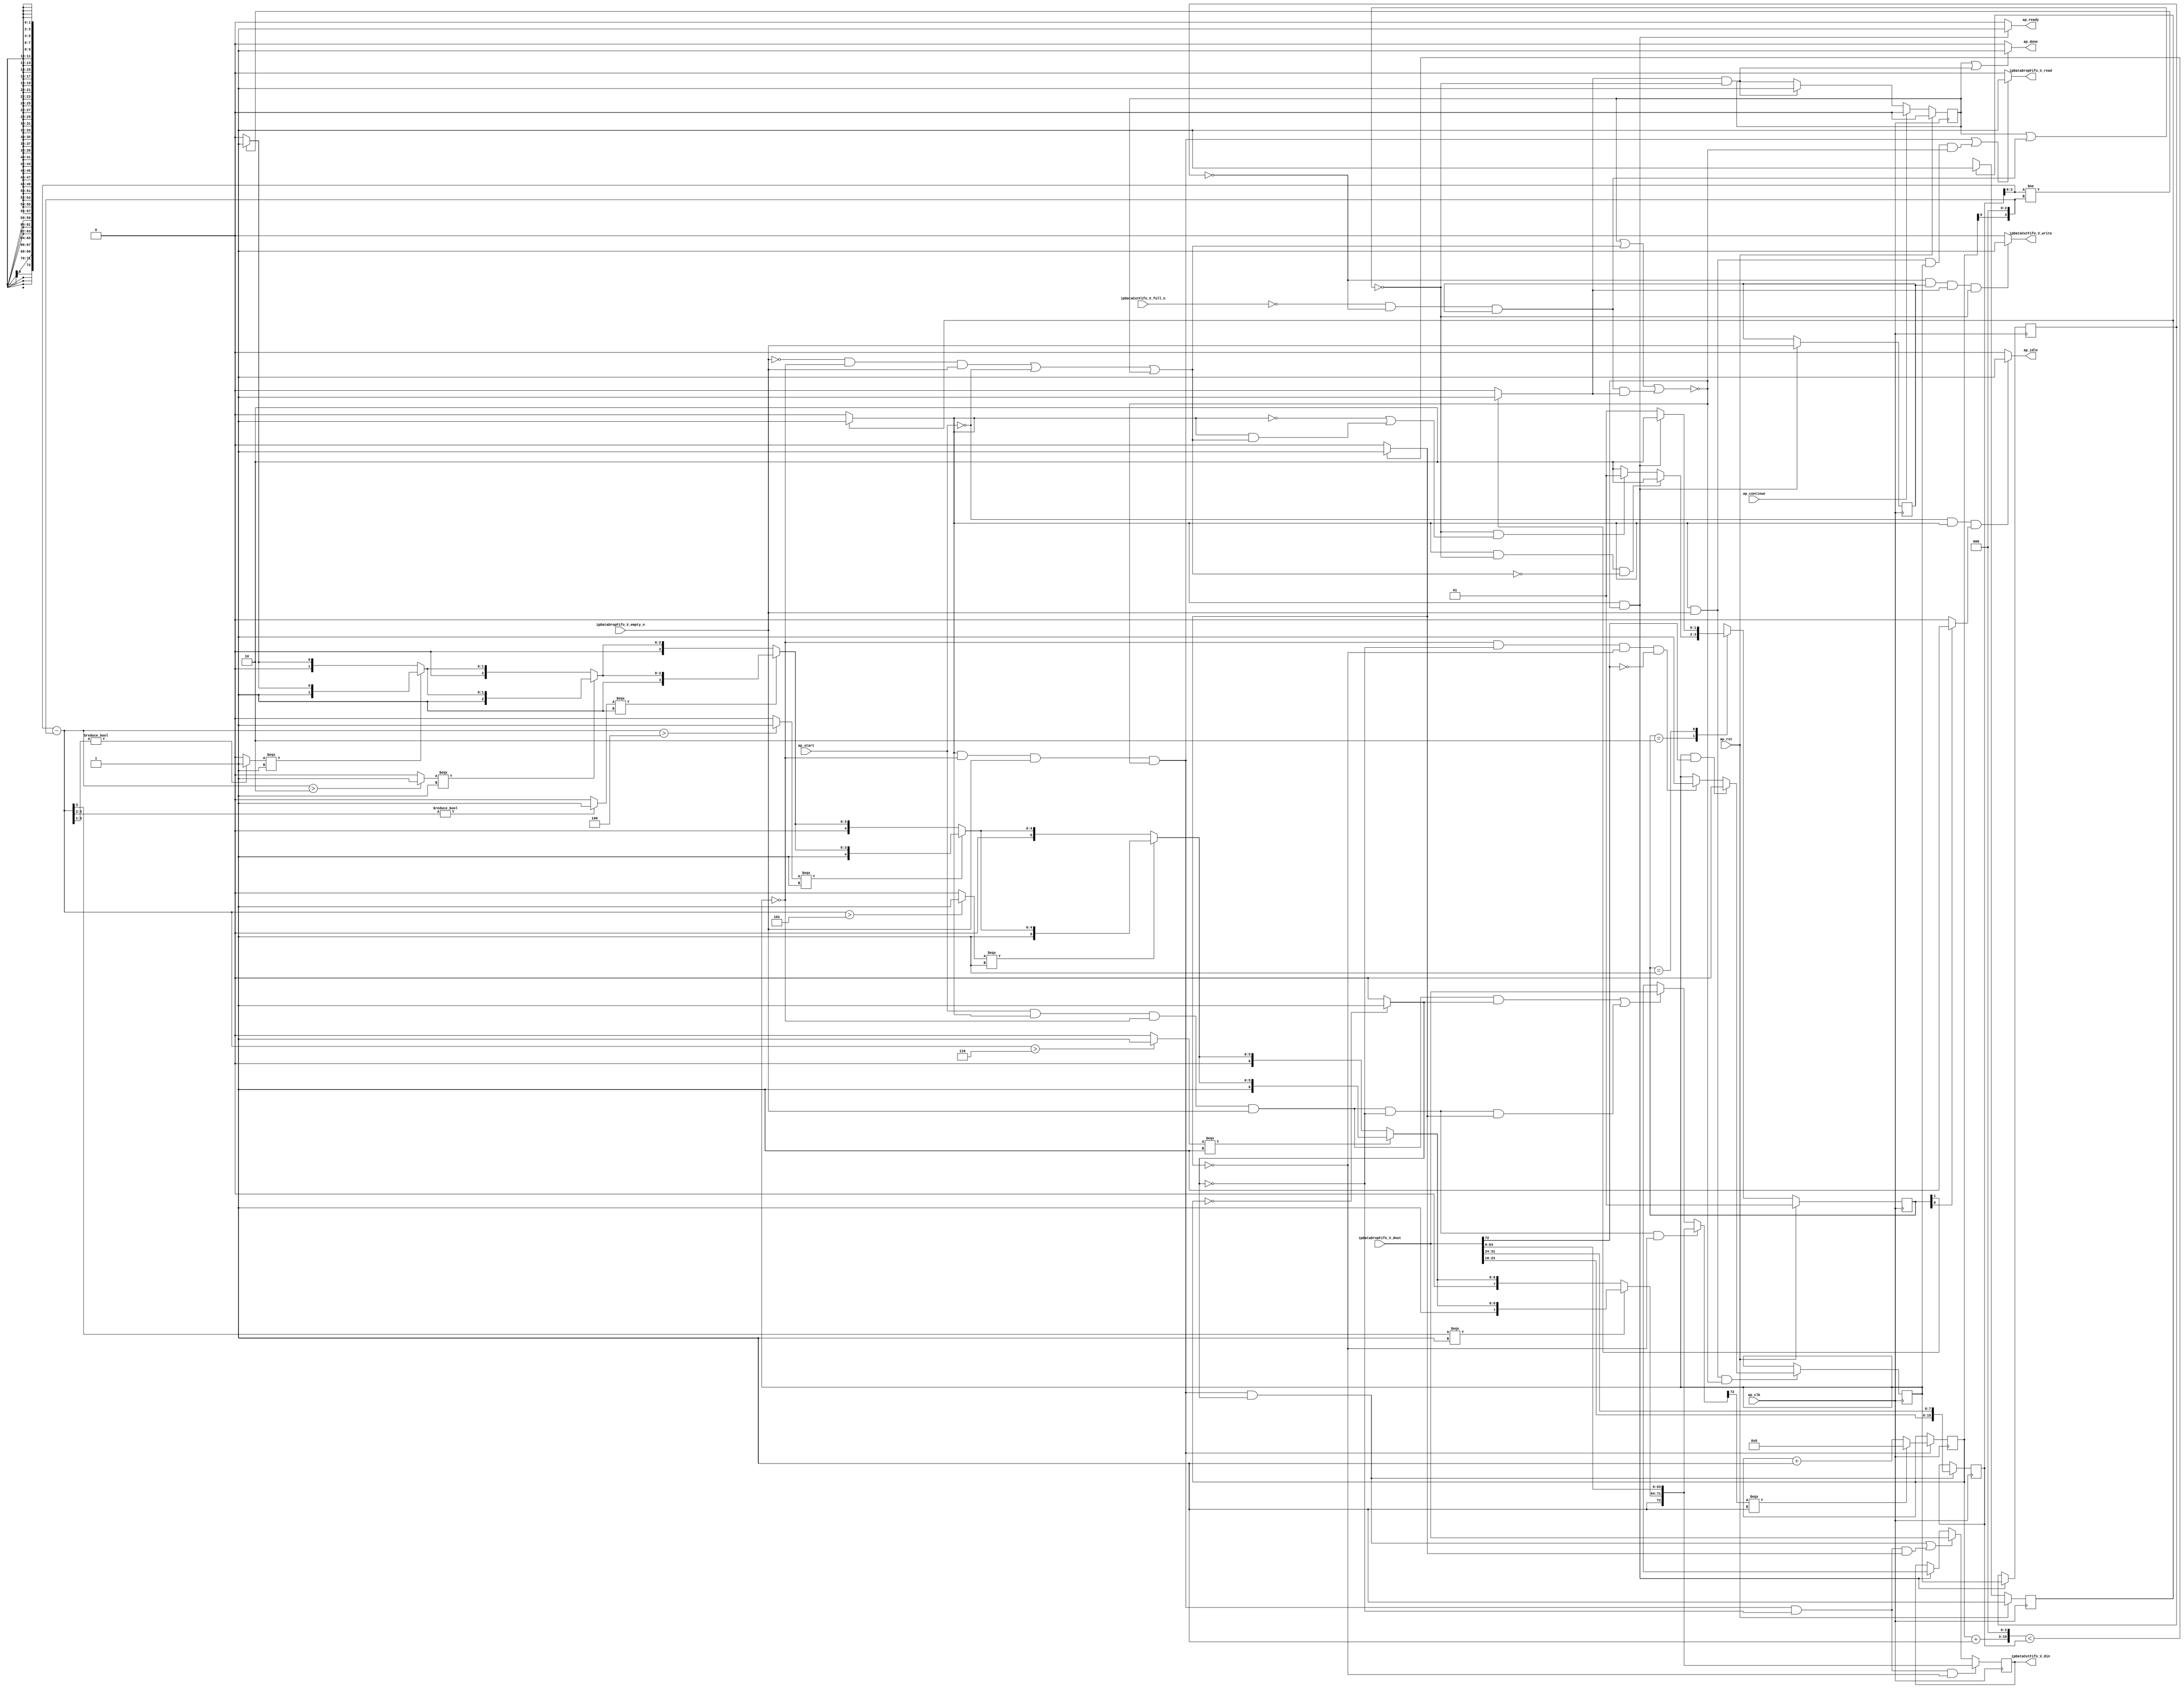
// ==============================================================
// RTL generated by Vivado(TM) HLS - High-Level Synthesis from C, C++ and SystemC
// Version: 2015.1
// Copyright (C) 2015 Xilinx Inc. All rights reserved.
// 
// ===========================================================

`timescale 1 ns / 1 ps 

module ip_handler_cut_length (
        ap_clk,
        ap_rst,
        ap_start,
        ap_done,
        ap_continue,
        ap_idle,
        ap_ready,
        ipDataDropFifo_V_dout,
        ipDataDropFifo_V_empty_n,
        ipDataDropFifo_V_read,
        ipDataCutFifo_V_din,
        ipDataCutFifo_V_full_n,
        ipDataCutFifo_V_write
);

parameter    ap_const_logic_1 = 1'b1;
parameter    ap_const_logic_0 = 1'b0;
parameter    ap_ST_st1_fsm0_0 = 1'b1;
parameter    ap_ST_st2_fsm1_1 = 2'b10;
parameter    ap_ST_st0_fsm1_0 = 2'b1;
parameter    ap_const_lv32_0 = 32'b00000000000000000000000000000000;
parameter    ap_const_lv1_1 = 1'b1;
parameter    ap_const_lv1_0 = 1'b0;
parameter    ap_const_lv32_1 = 32'b1;
parameter    ap_const_lv16_0 = 16'b0000000000000000;
parameter    ap_const_lv32_48 = 32'b1001000;
parameter    ap_const_lv17_1 = 17'b1;
parameter    ap_const_lv3_0 = 3'b000;
parameter    ap_const_lv32_3 = 32'b11;
parameter    ap_const_lv4_2 = 4'b10;
parameter    ap_const_lv32_2 = 32'b10;
parameter    ap_const_lv2_0 = 2'b00;
parameter    ap_const_lv4_4 = 4'b100;
parameter    ap_const_lv32_4 = 32'b100;
parameter    ap_const_lv4_5 = 4'b101;
parameter    ap_const_lv32_5 = 32'b101;
parameter    ap_const_lv4_6 = 4'b110;
parameter    ap_const_lv32_6 = 32'b110;
parameter    ap_const_lv32_7 = 32'b111;
parameter    ap_const_lv32_40 = 32'b1000000;
parameter    ap_const_lv32_18 = 32'b11000;
parameter    ap_const_lv32_1F = 32'b11111;
parameter    ap_const_lv32_10 = 32'b10000;
parameter    ap_const_lv32_17 = 32'b10111;
parameter    ap_const_lv16_1 = 16'b1;
parameter    ap_true = 1'b1;

input   ap_clk;
input   ap_rst;
input   ap_start;
output   ap_done;
input   ap_continue;
output   ap_idle;
output   ap_ready;
input  [72:0] ipDataDropFifo_V_dout;
input   ipDataDropFifo_V_empty_n;
output   ipDataDropFifo_V_read;
output  [72:0] ipDataCutFifo_V_din;
input   ipDataCutFifo_V_full_n;
output   ipDataCutFifo_V_write;

reg ap_done;
reg ap_idle;
reg ap_ready;
reg ipDataDropFifo_V_read;
reg ipDataCutFifo_V_write;
reg    ap_done_reg = 1'b0;
(* fsm_encoding = "none" *) reg   [0:0] ap_CS_fsm0 = 1'b1;
reg    ap_sig_cseq_ST_st1_fsm0_0;
reg    ap_sig_bdd_23;
(* fsm_encoding = "none" *) reg   [1:0] ap_CS_fsm1 = 2'b1;
reg    ap_sig_cseq_ST_st0_fsm1_0;
reg    ap_sig_bdd_34;
wire   [0:0] tmp_nbreadreq_fu_122_p3;
reg    ap_sig_bdd_59;
reg   [0:0] cl_drop_load_reg_536;
reg   [0:0] tmp_reg_540;
reg    ap_sig_bdd_74;
reg    ap_sig_cseq_ST_st2_fsm1_1;
reg    ap_sig_bdd_80;
reg   [0:0] cl_drop = 1'b0;
reg   [15:0] cl_wordCount_V = 16'b0000000000000000;
reg   [15:0] cl_totalLength_V = 16'b0000000000000000;
reg   [72:0] tmp_2_reg_143;
wire   [0:0] cond_fu_175_p2;
wire   [0:0] tmp_s_fu_207_p2;
wire   [0:0] grp_fu_159_p3;
wire   [72:0] ap_reg_phiprechg_tmp_2_reg_143pp0_it0;
reg   [72:0] tmp_2_phi_fu_147_p6;
wire   [72:0] tmp_1_3_fu_455_p5;
wire   [15:0] p_tmp_s_fu_516_p3;
wire   [15:0] tmp_i_fu_488_p3;
wire   [16:0] lhs_V_cast_fu_185_p1;
wire   [16:0] r_V_fu_189_p2;
wire   [19:0] r_V_1_fu_195_p3;
wire   [19:0] tmp_cast_fu_203_p1;
wire   [0:0] tmp_132_fu_219_p1;
wire   [3:0] tmp_133_fu_231_p1;
wire   [3:0] tmp_32_fu_223_p3;
wire   [0:0] not_tmp_2_i_fu_241_p2;
wire   [3:0] leftLength_V_fu_235_p2;
wire   [2:0] tmp_134_fu_251_p4;
wire   [0:0] icmp_fu_261_p2;
wire   [1:0] tmp_9_fu_267_p3;
wire   [1:0] p_cast_i_cast_fu_247_p1;
wire   [1:0] agg_result_V_buf_1_1_i_fu_275_p3;
wire   [0:0] tmp_2_2_i_fu_287_p2;
wire   [2:0] tmp_10_fu_293_p3;
wire   [2:0] agg_result_V_buf_1_1_i_cast_ca_fu_283_p1;
wire   [2:0] agg_result_V_buf_1_2_i_fu_301_p3;
wire   [1:0] tmp_135_fu_313_p4;
wire   [3:0] tmp_136_fu_329_p3;
wire   [0:0] icmp5_fu_323_p2;
wire   [7:0] p_Result_3_i_fu_337_p1;
wire   [7:0] agg_result_V_buf_1_2_i_cast_fu_309_p1;
wire   [7:0] agg_result_V_buf_1_3_i_fu_341_p3;
wire   [0:0] tmp_2_4_i_fu_349_p2;
reg   [7:0] tmp_137_fu_355_p4;
wire   [7:0] agg_result_V_buf_1_4_i_fu_365_p3;
wire   [0:0] tmp_2_5_i_fu_373_p2;
reg   [7:0] tmp_138_fu_379_p4;
wire   [7:0] agg_result_V_buf_1_5_i_fu_389_p3;
wire   [0:0] tmp_2_6_i_fu_397_p2;
reg   [7:0] tmp_139_fu_403_p4;
wire   [7:0] agg_result_V_buf_1_6_i_fu_413_p3;
wire   [0:0] tmp_140_fu_421_p3;
reg   [7:0] tmp_141_fu_429_p4;
wire   [7:0] tmp_keep_V_fu_439_p3;
wire   [8:0] tmp_33_fu_447_p3;
wire   [7:0] p_Result_2_i_fu_478_p4;
wire   [7:0] p_Result_i_fu_468_p4;
wire   [0:0] tmp_last_V_fu_502_p3;
wire   [15:0] tmp_34_fu_510_p2;
reg   [0:0] ap_NS_fsm0;
reg   [1:0] ap_NS_fsm1;
reg    ap_sig_bdd_400;
reg    ap_sig_bdd_402;
reg    ap_sig_bdd_397;




/// the current state (ap_CS_fsm0) of the state machine. ///
always @ (posedge ap_clk)
begin : ap_ret_ap_CS_fsm0
    if (ap_rst == 1'b1) begin
        ap_CS_fsm0 <= ap_ST_st1_fsm0_0;
    end else begin
        ap_CS_fsm0 <= ap_NS_fsm0;
    end
end

/// the current state (ap_CS_fsm1) of the state machine. ///
always @ (posedge ap_clk)
begin : ap_ret_ap_CS_fsm1
    if (ap_rst == 1'b1) begin
        ap_CS_fsm1 <= ap_ST_st0_fsm1_0;
    end else begin
        ap_CS_fsm1 <= ap_NS_fsm1;
    end
end

/// ap_done_reg assign process. ///
always @ (posedge ap_clk)
begin : ap_ret_ap_done_reg
    if (ap_rst == 1'b1) begin
        ap_done_reg <= ap_const_logic_0;
    end else begin
        if ((ap_const_logic_1 == ap_continue)) begin
            ap_done_reg <= ap_const_logic_0;
        end else if (((ap_const_logic_1 == ap_sig_cseq_ST_st2_fsm1_1) & ~((ap_done_reg == ap_const_logic_1) | ap_sig_bdd_74))) begin
            ap_done_reg <= ap_const_logic_1;
        end
    end
end

/// assign process. ///
always @(posedge ap_clk)
begin
    if (ap_sig_bdd_397) begin
        if (ap_sig_bdd_402) begin
            cl_drop <= ap_const_lv1_0;
        end else if (ap_sig_bdd_400) begin
            cl_drop <= ap_const_lv1_1;
        end
    end
end

/// assign process. ///
always @(posedge ap_clk)
begin
    if (((ap_const_logic_1 == ap_sig_cseq_ST_st1_fsm0_0) & (cl_drop == ap_const_lv1_0) & ~(ap_const_lv1_0 == tmp_nbreadreq_fu_122_p3) & ~((ap_done_reg == ap_const_logic_1) | ap_sig_bdd_59 | (ap_sig_bdd_74 & (ap_const_logic_1 == ap_sig_cseq_ST_st2_fsm1_1))) & (ap_const_lv1_0 == cond_fu_175_p2) & (ap_const_lv1_0 == tmp_s_fu_207_p2))) begin
        tmp_2_reg_143 <= tmp_1_3_fu_455_p5;
    end else if ((((ap_const_logic_1 == ap_sig_cseq_ST_st1_fsm0_0) & (cl_drop == ap_const_lv1_0) & ~(ap_const_lv1_0 == tmp_nbreadreq_fu_122_p3) & ~((ap_done_reg == ap_const_logic_1) | ap_sig_bdd_59 | (ap_sig_bdd_74 & (ap_const_logic_1 == ap_sig_cseq_ST_st2_fsm1_1))) & ~(ap_const_lv1_0 == cond_fu_175_p2)) | ((ap_const_logic_1 == ap_sig_cseq_ST_st1_fsm0_0) & (cl_drop == ap_const_lv1_0) & ~(ap_const_lv1_0 == tmp_nbreadreq_fu_122_p3) & ~((ap_done_reg == ap_const_logic_1) | ap_sig_bdd_59 | (ap_sig_bdd_74 & (ap_const_logic_1 == ap_sig_cseq_ST_st2_fsm1_1))) & (ap_const_lv1_0 == cond_fu_175_p2) & ~(ap_const_lv1_0 == tmp_s_fu_207_p2)))) begin
        tmp_2_reg_143 <= ipDataDropFifo_V_dout;
    end else if (((ap_const_logic_1 == ap_sig_cseq_ST_st1_fsm0_0) & ~((ap_done_reg == ap_const_logic_1) | ap_sig_bdd_59 | (ap_sig_bdd_74 & (ap_const_logic_1 == ap_sig_cseq_ST_st2_fsm1_1))))) begin
        tmp_2_reg_143 <= ap_reg_phiprechg_tmp_2_reg_143pp0_it0;
    end
end

/// assign process. ///
always @(posedge ap_clk)
begin
    if (((ap_const_logic_1 == ap_sig_cseq_ST_st1_fsm0_0) & ~((ap_done_reg == ap_const_logic_1) | ap_sig_bdd_59 | (ap_sig_bdd_74 & (ap_const_logic_1 == ap_sig_cseq_ST_st2_fsm1_1))))) begin
        cl_drop_load_reg_536 <= cl_drop;
        tmp_reg_540 <= tmp_nbreadreq_fu_122_p3;
    end
end

/// assign process. ///
always @(posedge ap_clk)
begin
    if (((ap_const_logic_1 == ap_sig_cseq_ST_st1_fsm0_0) & (cl_drop == ap_const_lv1_0) & ~(ap_const_lv1_0 == tmp_nbreadreq_fu_122_p3) & ~((ap_done_reg == ap_const_logic_1) | ap_sig_bdd_59 | (ap_sig_bdd_74 & (ap_const_logic_1 == ap_sig_cseq_ST_st2_fsm1_1))) & ~(ap_const_lv1_0 == cond_fu_175_p2))) begin
        cl_totalLength_V <= tmp_i_fu_488_p3;
    end
end

/// assign process. ///
always @(posedge ap_clk)
begin
    if (((ap_const_logic_1 == ap_sig_cseq_ST_st1_fsm0_0) & (cl_drop == ap_const_lv1_0) & ~(ap_const_lv1_0 == tmp_nbreadreq_fu_122_p3) & ~((ap_done_reg == ap_const_logic_1) | ap_sig_bdd_59 | (ap_sig_bdd_74 & (ap_const_logic_1 == ap_sig_cseq_ST_st2_fsm1_1))))) begin
        cl_wordCount_V <= p_tmp_s_fu_516_p3;
    end
end

/// ap_done assign process. ///
always @ (ap_done_reg or ap_sig_bdd_74 or ap_sig_cseq_ST_st2_fsm1_1)
begin
    if (((ap_const_logic_1 == ap_done_reg) | ((ap_const_logic_1 == ap_sig_cseq_ST_st2_fsm1_1) & ~((ap_done_reg == ap_const_logic_1) | ap_sig_bdd_74)))) begin
        ap_done = ap_const_logic_1;
    end else begin
        ap_done = ap_const_logic_0;
    end
end

/// ap_idle assign process. ///
always @ (ap_start or ap_sig_cseq_ST_st1_fsm0_0 or ap_sig_cseq_ST_st0_fsm1_0)
begin
    if ((~(ap_const_logic_1 == ap_start) & (ap_const_logic_1 == ap_sig_cseq_ST_st1_fsm0_0) & (ap_const_logic_1 == ap_sig_cseq_ST_st0_fsm1_0))) begin
        ap_idle = ap_const_logic_1;
    end else begin
        ap_idle = ap_const_logic_0;
    end
end

/// ap_ready assign process. ///
always @ (ap_done_reg or ap_sig_cseq_ST_st1_fsm0_0 or ap_sig_bdd_59 or ap_sig_bdd_74 or ap_sig_cseq_ST_st2_fsm1_1)
begin
    if (((ap_const_logic_1 == ap_sig_cseq_ST_st1_fsm0_0) & ~((ap_done_reg == ap_const_logic_1) | ap_sig_bdd_59 | (ap_sig_bdd_74 & (ap_const_logic_1 == ap_sig_cseq_ST_st2_fsm1_1))))) begin
        ap_ready = ap_const_logic_1;
    end else begin
        ap_ready = ap_const_logic_0;
    end
end

/// ap_sig_cseq_ST_st0_fsm1_0 assign process. ///
always @ (ap_sig_bdd_34)
begin
    if (ap_sig_bdd_34) begin
        ap_sig_cseq_ST_st0_fsm1_0 = ap_const_logic_1;
    end else begin
        ap_sig_cseq_ST_st0_fsm1_0 = ap_const_logic_0;
    end
end

/// ap_sig_cseq_ST_st1_fsm0_0 assign process. ///
always @ (ap_sig_bdd_23)
begin
    if (ap_sig_bdd_23) begin
        ap_sig_cseq_ST_st1_fsm0_0 = ap_const_logic_1;
    end else begin
        ap_sig_cseq_ST_st1_fsm0_0 = ap_const_logic_0;
    end
end

/// ap_sig_cseq_ST_st2_fsm1_1 assign process. ///
always @ (ap_sig_bdd_80)
begin
    if (ap_sig_bdd_80) begin
        ap_sig_cseq_ST_st2_fsm1_1 = ap_const_logic_1;
    end else begin
        ap_sig_cseq_ST_st2_fsm1_1 = ap_const_logic_0;
    end
end

/// ipDataCutFifo_V_write assign process. ///
always @ (ap_done_reg or cl_drop_load_reg_536 or tmp_reg_540 or ap_sig_bdd_74 or ap_sig_cseq_ST_st2_fsm1_1)
begin
    if (((ap_const_lv1_0 == cl_drop_load_reg_536) & ~(ap_const_lv1_0 == tmp_reg_540) & (ap_const_logic_1 == ap_sig_cseq_ST_st2_fsm1_1) & ~((ap_done_reg == ap_const_logic_1) | ap_sig_bdd_74))) begin
        ipDataCutFifo_V_write = ap_const_logic_1;
    end else begin
        ipDataCutFifo_V_write = ap_const_logic_0;
    end
end

/// ipDataDropFifo_V_read assign process. ///
always @ (ap_done_reg or ap_sig_cseq_ST_st1_fsm0_0 or tmp_nbreadreq_fu_122_p3 or ap_sig_bdd_59 or ap_sig_bdd_74 or ap_sig_cseq_ST_st2_fsm1_1 or cl_drop)
begin
    if ((((ap_const_logic_1 == ap_sig_cseq_ST_st1_fsm0_0) & (cl_drop == ap_const_lv1_0) & ~(ap_const_lv1_0 == tmp_nbreadreq_fu_122_p3) & ~((ap_done_reg == ap_const_logic_1) | ap_sig_bdd_59 | (ap_sig_bdd_74 & (ap_const_logic_1 == ap_sig_cseq_ST_st2_fsm1_1)))) | ((ap_const_logic_1 == ap_sig_cseq_ST_st1_fsm0_0) & ~(ap_const_lv1_0 == tmp_nbreadreq_fu_122_p3) & ~(cl_drop == ap_const_lv1_0) & ~((ap_done_reg == ap_const_logic_1) | ap_sig_bdd_59 | (ap_sig_bdd_74 & (ap_const_logic_1 == ap_sig_cseq_ST_st2_fsm1_1)))))) begin
        ipDataDropFifo_V_read = ap_const_logic_1;
    end else begin
        ipDataDropFifo_V_read = ap_const_logic_0;
    end
end

/// tmp_2_phi_fu_147_p6 assign process. ///
always @ (ap_start or ap_sig_cseq_ST_st1_fsm0_0 or ipDataDropFifo_V_dout or tmp_nbreadreq_fu_122_p3 or cl_drop or cond_fu_175_p2 or tmp_s_fu_207_p2 or ap_reg_phiprechg_tmp_2_reg_143pp0_it0 or tmp_1_3_fu_455_p5)
begin
    if (((ap_const_logic_1 == ap_start) & (ap_const_logic_1 == ap_sig_cseq_ST_st1_fsm0_0) & (cl_drop == ap_const_lv1_0) & ~(ap_const_lv1_0 == tmp_nbreadreq_fu_122_p3) & (ap_const_lv1_0 == cond_fu_175_p2) & (ap_const_lv1_0 == tmp_s_fu_207_p2))) begin
        tmp_2_phi_fu_147_p6 = tmp_1_3_fu_455_p5;
    end else if ((((ap_const_logic_1 == ap_start) & (ap_const_logic_1 == ap_sig_cseq_ST_st1_fsm0_0) & (cl_drop == ap_const_lv1_0) & ~(ap_const_lv1_0 == tmp_nbreadreq_fu_122_p3) & ~(ap_const_lv1_0 == cond_fu_175_p2)) | ((ap_const_logic_1 == ap_start) & (ap_const_logic_1 == ap_sig_cseq_ST_st1_fsm0_0) & (cl_drop == ap_const_lv1_0) & ~(ap_const_lv1_0 == tmp_nbreadreq_fu_122_p3) & (ap_const_lv1_0 == cond_fu_175_p2) & ~(ap_const_lv1_0 == tmp_s_fu_207_p2)))) begin
        tmp_2_phi_fu_147_p6 = ipDataDropFifo_V_dout;
    end else begin
        tmp_2_phi_fu_147_p6 = ap_reg_phiprechg_tmp_2_reg_143pp0_it0;
    end
end
/// the next state (ap_NS_fsm0) of the state machine. ///
always @ (ap_done_reg or ap_CS_fsm0 or ap_sig_bdd_59 or ap_sig_bdd_74 or ap_sig_cseq_ST_st2_fsm1_1)
begin
    case (ap_CS_fsm0)
        ap_ST_st1_fsm0_0 : 
        begin
            ap_NS_fsm0 = ap_ST_st1_fsm0_0;
        end
        default : 
        begin
            ap_NS_fsm0 = 'bx;
        end
    endcase
end

/// the next state (ap_NS_fsm1) of the state machine. ///
always @ (ap_done_reg or ap_sig_cseq_ST_st1_fsm0_0 or ap_CS_fsm1 or ap_sig_bdd_59 or ap_sig_bdd_74 or ap_sig_cseq_ST_st2_fsm1_1)
begin
    case (ap_CS_fsm1)
        ap_ST_st2_fsm1_1 : 
        begin
            if (((ap_const_logic_1 == ap_sig_cseq_ST_st1_fsm0_0) & ~((ap_done_reg == ap_const_logic_1) | ap_sig_bdd_74) & ~ap_sig_bdd_59)) begin
                ap_NS_fsm1 = ap_ST_st2_fsm1_1;
            end else if ((~((ap_done_reg == ap_const_logic_1) | ap_sig_bdd_74) & (~(ap_const_logic_1 == ap_sig_cseq_ST_st1_fsm0_0) | ((ap_const_logic_1 == ap_sig_cseq_ST_st1_fsm0_0) & ap_sig_bdd_59)))) begin
                ap_NS_fsm1 = ap_ST_st0_fsm1_0;
            end else begin
                ap_NS_fsm1 = ap_ST_st2_fsm1_1;
            end
        end
        ap_ST_st0_fsm1_0 : 
        begin
            if (((ap_const_logic_1 == ap_sig_cseq_ST_st1_fsm0_0) & ~((ap_done_reg == ap_const_logic_1) | ap_sig_bdd_59 | (ap_sig_bdd_74 & (ap_const_logic_1 == ap_sig_cseq_ST_st2_fsm1_1))))) begin
                ap_NS_fsm1 = ap_ST_st2_fsm1_1;
            end else begin
                ap_NS_fsm1 = ap_ST_st0_fsm1_0;
            end
        end
        default : 
        begin
            ap_NS_fsm1 = 'bx;
        end
    endcase
end

assign agg_result_V_buf_1_1_i_cast_ca_fu_283_p1 = agg_result_V_buf_1_1_i_fu_275_p3;
assign agg_result_V_buf_1_1_i_fu_275_p3 = ((icmp_fu_261_p2[0:0]===1'b1)? tmp_9_fu_267_p3: p_cast_i_cast_fu_247_p1);
assign agg_result_V_buf_1_2_i_cast_fu_309_p1 = agg_result_V_buf_1_2_i_fu_301_p3;
assign agg_result_V_buf_1_2_i_fu_301_p3 = ((tmp_2_2_i_fu_287_p2[0:0]===1'b1)? tmp_10_fu_293_p3: agg_result_V_buf_1_1_i_cast_ca_fu_283_p1);
assign agg_result_V_buf_1_3_i_fu_341_p3 = ((icmp5_fu_323_p2[0:0]===1'b1)? p_Result_3_i_fu_337_p1: agg_result_V_buf_1_2_i_cast_fu_309_p1);
assign agg_result_V_buf_1_4_i_fu_365_p3 = ((tmp_2_4_i_fu_349_p2[0:0]===1'b1)? tmp_137_fu_355_p4: agg_result_V_buf_1_3_i_fu_341_p3);
assign agg_result_V_buf_1_5_i_fu_389_p3 = ((tmp_2_5_i_fu_373_p2[0:0]===1'b1)? tmp_138_fu_379_p4: agg_result_V_buf_1_4_i_fu_365_p3);
assign agg_result_V_buf_1_6_i_fu_413_p3 = ((tmp_2_6_i_fu_397_p2[0:0]===1'b1)? tmp_139_fu_403_p4: agg_result_V_buf_1_5_i_fu_389_p3);
assign ap_reg_phiprechg_tmp_2_reg_143pp0_it0 = 'bx;

/// ap_sig_bdd_23 assign process. ///
always @ (ap_CS_fsm0)
begin
    ap_sig_bdd_23 = (ap_CS_fsm0[ap_const_lv32_0] == ap_const_lv1_1);
end

/// ap_sig_bdd_34 assign process. ///
always @ (ap_CS_fsm1)
begin
    ap_sig_bdd_34 = (ap_const_lv1_1 == ap_CS_fsm1[ap_const_lv32_0]);
end

/// ap_sig_bdd_397 assign process. ///
always @ (ap_done_reg or ap_sig_cseq_ST_st1_fsm0_0 or tmp_nbreadreq_fu_122_p3 or ap_sig_bdd_59 or ap_sig_bdd_74 or ap_sig_cseq_ST_st2_fsm1_1)
begin
    ap_sig_bdd_397 = ((ap_const_logic_1 == ap_sig_cseq_ST_st1_fsm0_0) & ~(ap_const_lv1_0 == tmp_nbreadreq_fu_122_p3) & ~((ap_done_reg == ap_const_logic_1) | ap_sig_bdd_59 | (ap_sig_bdd_74 & (ap_const_logic_1 == ap_sig_cseq_ST_st2_fsm1_1))));
end

/// ap_sig_bdd_400 assign process. ///
always @ (cl_drop or cond_fu_175_p2 or tmp_s_fu_207_p2 or grp_fu_159_p3)
begin
    ap_sig_bdd_400 = ((cl_drop == ap_const_lv1_0) & (ap_const_lv1_0 == cond_fu_175_p2) & (ap_const_lv1_0 == tmp_s_fu_207_p2) & (ap_const_lv1_0 == grp_fu_159_p3));
end

/// ap_sig_bdd_402 assign process. ///
always @ (cl_drop or grp_fu_159_p3)
begin
    ap_sig_bdd_402 = (~(cl_drop == ap_const_lv1_0) & ~(ap_const_lv1_0 == grp_fu_159_p3));
end

/// ap_sig_bdd_59 assign process. ///
always @ (ap_start or ap_done_reg or ipDataDropFifo_V_empty_n or tmp_nbreadreq_fu_122_p3 or cl_drop)
begin
    ap_sig_bdd_59 = (((ipDataDropFifo_V_empty_n == ap_const_logic_0) & (cl_drop == ap_const_lv1_0) & ~(ap_const_lv1_0 == tmp_nbreadreq_fu_122_p3)) | ((ipDataDropFifo_V_empty_n == ap_const_logic_0) & ~(ap_const_lv1_0 == tmp_nbreadreq_fu_122_p3) & ~(cl_drop == ap_const_lv1_0)) | (ap_start == ap_const_logic_0) | (ap_done_reg == ap_const_logic_1));
end

/// ap_sig_bdd_74 assign process. ///
always @ (ipDataCutFifo_V_full_n or cl_drop_load_reg_536 or tmp_reg_540)
begin
    ap_sig_bdd_74 = ((ipDataCutFifo_V_full_n == ap_const_logic_0) & (ap_const_lv1_0 == cl_drop_load_reg_536) & ~(ap_const_lv1_0 == tmp_reg_540));
end

/// ap_sig_bdd_80 assign process. ///
always @ (ap_CS_fsm1)
begin
    ap_sig_bdd_80 = (ap_const_lv1_1 == ap_CS_fsm1[ap_const_lv32_1]);
end
assign cond_fu_175_p2 = (cl_wordCount_V == ap_const_lv16_0? 1'b1: 1'b0);
assign grp_fu_159_p3 = ipDataDropFifo_V_dout[ap_const_lv32_48];
assign icmp5_fu_323_p2 = (tmp_135_fu_313_p4 != ap_const_lv2_0? 1'b1: 1'b0);
assign icmp_fu_261_p2 = (tmp_134_fu_251_p4 != ap_const_lv3_0? 1'b1: 1'b0);
assign ipDataCutFifo_V_din = tmp_2_reg_143;
assign leftLength_V_fu_235_p2 = (tmp_133_fu_231_p1 - tmp_32_fu_223_p3);
assign lhs_V_cast_fu_185_p1 = cl_wordCount_V;
assign not_tmp_2_i_fu_241_p2 = (tmp_133_fu_231_p1 != tmp_32_fu_223_p3? 1'b1: 1'b0);
assign p_Result_2_i_fu_478_p4 = {{ipDataDropFifo_V_dout[ap_const_lv32_17 : ap_const_lv32_10]}};
assign p_Result_3_i_fu_337_p1 = tmp_136_fu_329_p3;
assign p_Result_i_fu_468_p4 = {{ipDataDropFifo_V_dout[ap_const_lv32_1F : ap_const_lv32_18]}};
assign p_cast_i_cast_fu_247_p1 = not_tmp_2_i_fu_241_p2;
assign p_tmp_s_fu_516_p3 = ((tmp_last_V_fu_502_p3[0:0]===1'b1)? ap_const_lv16_0: tmp_34_fu_510_p2);
assign r_V_1_fu_195_p3 = {{r_V_fu_189_p2}, {ap_const_lv3_0}};
assign r_V_fu_189_p2 = (lhs_V_cast_fu_185_p1 + ap_const_lv17_1);
assign tmp_10_fu_293_p3 = {{ap_const_lv1_1}, {agg_result_V_buf_1_1_i_fu_275_p3}};
assign tmp_132_fu_219_p1 = cl_wordCount_V[0:0];
assign tmp_133_fu_231_p1 = cl_totalLength_V[3:0];
assign tmp_134_fu_251_p4 = {{leftLength_V_fu_235_p2[ap_const_lv32_3 : ap_const_lv32_1]}};
assign tmp_135_fu_313_p4 = {{leftLength_V_fu_235_p2[ap_const_lv32_3 : ap_const_lv32_2]}};
assign tmp_136_fu_329_p3 = {{ap_const_lv1_1}, {agg_result_V_buf_1_2_i_fu_301_p3}};

always @ (agg_result_V_buf_1_3_i_fu_341_p3) begin
    tmp_137_fu_355_p4 = agg_result_V_buf_1_3_i_fu_341_p3;
    tmp_137_fu_355_p4[ap_const_lv32_4] = ap_const_lv1_1[0];
end



always @ (agg_result_V_buf_1_4_i_fu_365_p3) begin
    tmp_138_fu_379_p4 = agg_result_V_buf_1_4_i_fu_365_p3;
    tmp_138_fu_379_p4[ap_const_lv32_5] = ap_const_lv1_1[0];
end



always @ (agg_result_V_buf_1_5_i_fu_389_p3) begin
    tmp_139_fu_403_p4 = agg_result_V_buf_1_5_i_fu_389_p3;
    tmp_139_fu_403_p4[ap_const_lv32_6] = ap_const_lv1_1[0];
end


assign tmp_140_fu_421_p3 = leftLength_V_fu_235_p2[ap_const_lv32_3];

always @ (agg_result_V_buf_1_6_i_fu_413_p3) begin
    tmp_141_fu_429_p4 = agg_result_V_buf_1_6_i_fu_413_p3;
    tmp_141_fu_429_p4[ap_const_lv32_7] = ap_const_lv1_1[0];
end


assign tmp_1_3_fu_455_p5 = {{tmp_33_fu_447_p3}, {ipDataDropFifo_V_dout[32'd63 : 32'd0]}};
assign tmp_2_2_i_fu_287_p2 = (leftLength_V_fu_235_p2 > ap_const_lv4_2? 1'b1: 1'b0);
assign tmp_2_4_i_fu_349_p2 = (leftLength_V_fu_235_p2 > ap_const_lv4_4? 1'b1: 1'b0);
assign tmp_2_5_i_fu_373_p2 = (leftLength_V_fu_235_p2 > ap_const_lv4_5? 1'b1: 1'b0);
assign tmp_2_6_i_fu_397_p2 = (leftLength_V_fu_235_p2 > ap_const_lv4_6? 1'b1: 1'b0);
assign tmp_32_fu_223_p3 = {{tmp_132_fu_219_p1}, {ap_const_lv3_0}};
assign tmp_33_fu_447_p3 = {{ap_const_lv1_1}, {tmp_keep_V_fu_439_p3}};
assign tmp_34_fu_510_p2 = (cl_wordCount_V + ap_const_lv16_1);
assign tmp_9_fu_267_p3 = {{ap_const_lv1_1}, {not_tmp_2_i_fu_241_p2}};
assign tmp_cast_fu_203_p1 = cl_totalLength_V;
assign tmp_i_fu_488_p3 = {{p_Result_2_i_fu_478_p4}, {p_Result_i_fu_468_p4}};
assign tmp_keep_V_fu_439_p3 = ((tmp_140_fu_421_p3[0:0]===1'b1)? tmp_141_fu_429_p4: agg_result_V_buf_1_6_i_fu_413_p3);
assign tmp_last_V_fu_502_p3 = tmp_2_phi_fu_147_p6[ap_const_lv32_48];
assign tmp_nbreadreq_fu_122_p3 = ipDataDropFifo_V_empty_n;
assign tmp_s_fu_207_p2 = (r_V_1_fu_195_p3 < tmp_cast_fu_203_p1? 1'b1: 1'b0);


endmodule //ip_handler_cut_length